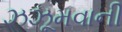
ઝઝૂમવાની